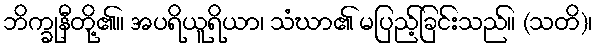
ဘိက္ခုနီတို့၏။ အပရိယူရိယာ၊ သံဃာ၏ မပြည့်ခြင်းသည်။ (သတိ)၊